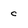
Character: c